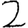
Digit: 2